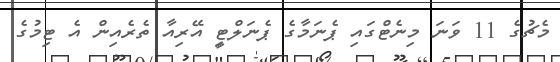
މެޗުގެ 11 ވަނަ މިނެޓްގައި ޕެނަމާގެ ޕެނަލްޓީި އޭރިއާ ތެރެއިން އެ ޓިމުގެ